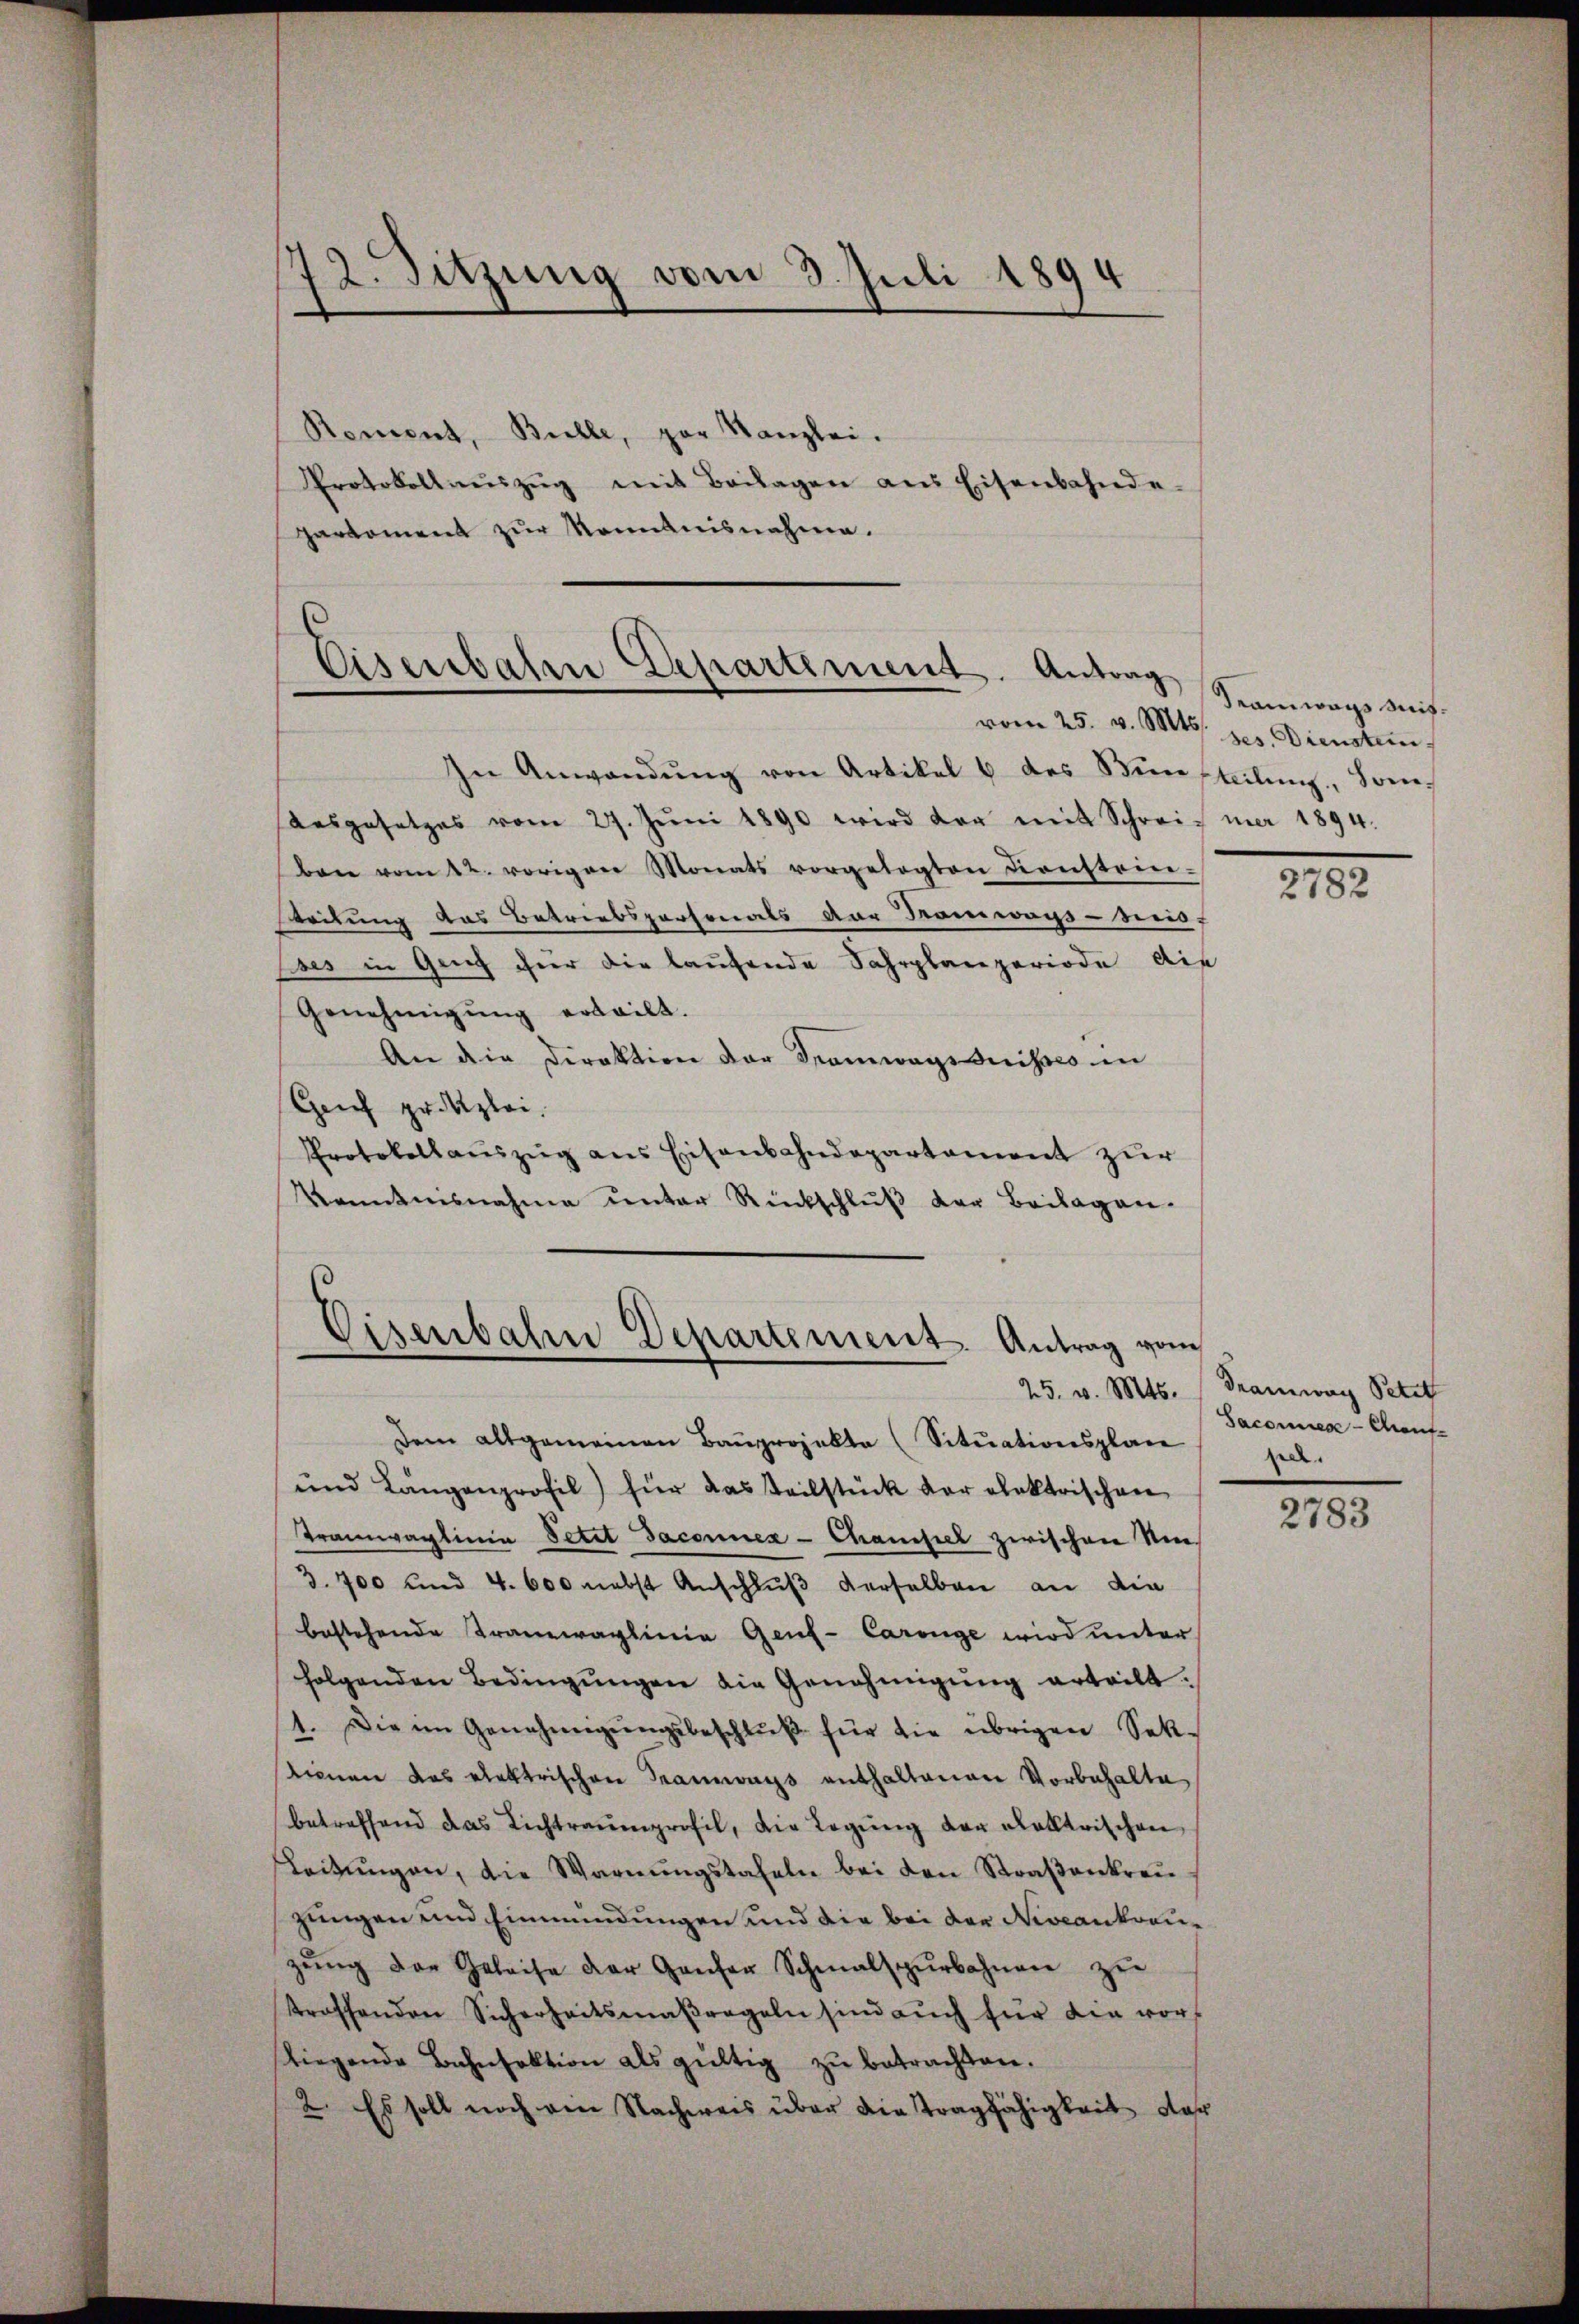
72. Sitzung vom 3. Juli 1894

Roment, Bulle, par Kanzlei.
Protokollaŭszŭg mit Beilagen aus Eisenbahnde-
Harkoment zur Momanisnahme.

Eisenbahre Departement. Antrag

In Anwendŭng von Artikel u. des Semesteilŭng, Sonnaŭsgesetzes vom 27. Jŭni 1890 wird der mit Schreit mer 1894.
ben vom 22. vorigen Monats vorgelegten Dienstein-
steilung des Betriebspersonals der Domwags-Seis-
Eses in Genf ihrer die laufende Fahrplanperiode die
Genehmigung erteilt.
An die Direktion der Tramwagsduissio in
Genf pr. Klei
Protokollauszug aus Eisenbahndepartement zur
Kenntnisnahme ŭnter Rückschlŭβ der Beilagen.

Eisenbahn Departement. Antrag vom

Dem altgemeinen Bauprojekte (Situationsplan
und Längenprofil) für das Teilstück vor elektrischen
Tramwaglinie Petit Jaconuex- Champel zwischen Neu¬
3. 700 und 4. 600 nebst Anschlŭβ derselben an die
bestehende Tramwaglinie Genf-Caringe wird unter
folgenden Bedingŭngen die Genehmigŭng erteilt.
1. Die im Genehmigŭngsbeschlŭβ für die übrigen Sek-
dienen des elektrischen Tramways enthaltenen Vorbehalte
betreffend das Lichtraumprofil, die Legŭng der Doktrischen
Leitŭngen, die Warnŭngstafeln bei den Straβenkreu
zungen und Einmündungen und die bei der Niveankrauzŭng der Geleise der Genfer Schmalspŭrbahnen zŭ
stroffenden Sicherheitsmaßregeln sind aŭch für die vorf
liegende Bahnsektion als gültig zŭ betrachten.
2. Es soll noch ein Nachweis über die Tragfähigkeit der

Train was mitvom 25. v. Mts. ges. Diensten

2782

25. v. Mts. (Tramway Peter
Sacomiese Chauf-
pa.

2783